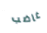
غاضب